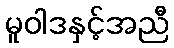
မူဝါဒနှင့်အညီ